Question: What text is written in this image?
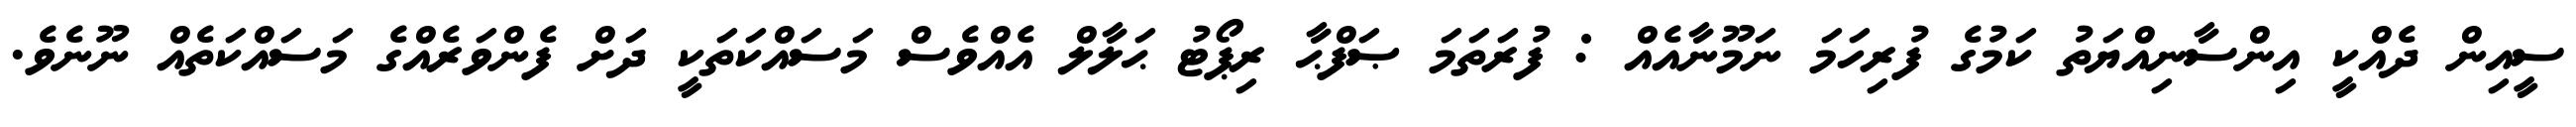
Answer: ސީއިން ދެއްކީ އިންސާނިއްޔަތު ކަމުގެ ފުރިހަމަ ނަމޫނާއެއް : ފުރަތަމަ ޞަފްޙާ ރިޕޯޓު ޙަލާލް އެއްވެސް މަސައްކަތަކީ ދަށް ފެންވަރެއްގެ މަސައްކަތެއް ނޫނެވެ.